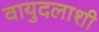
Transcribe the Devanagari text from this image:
वायुदलाशी